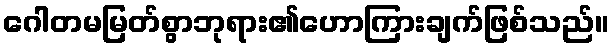
ဂေါတမမြတ်စွာဘုရား၏ဟောကြားချက်ဖြစ်သည်။